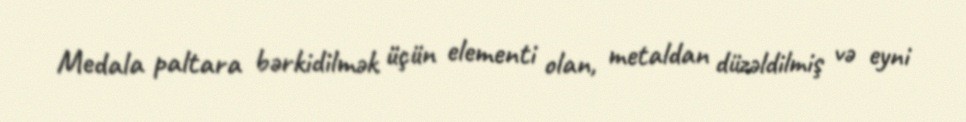
Medala paltara bərkidilmək üçün elementi olan, metaldan düzəldilmiş və eyni